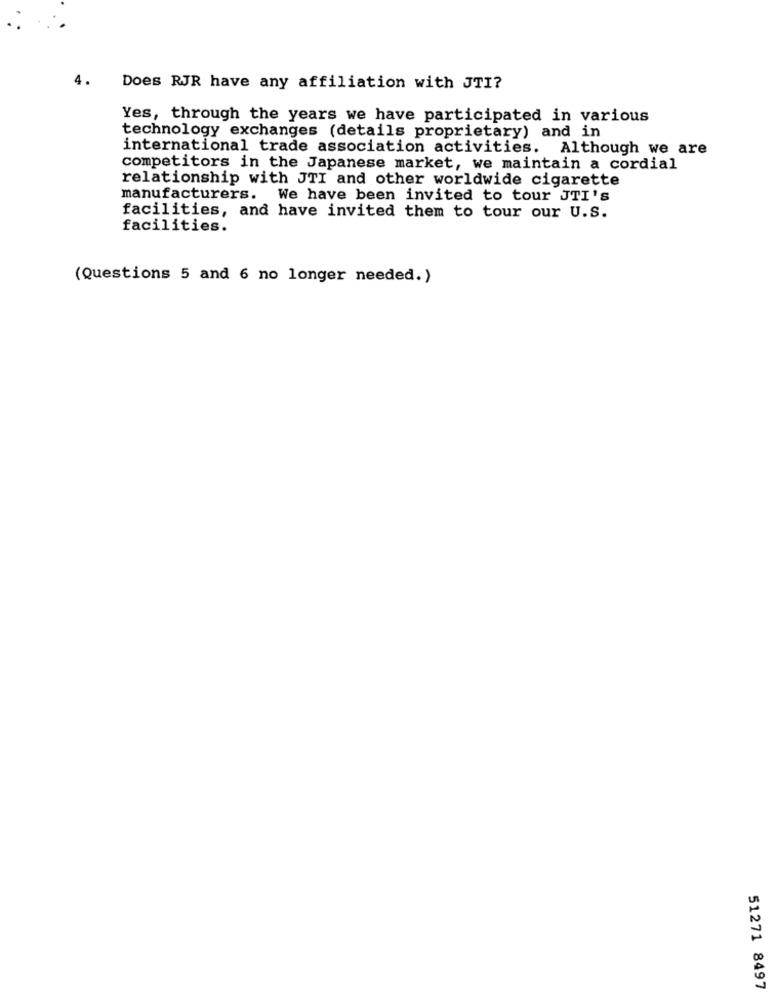
Does RJR have any affiliation with JTI?
Yes, through the years we have participated in various
technology exchanges (details proprietary) and in
international trade association activities. Although we are
competitors in the Japanese market, we maintain a cordial
relationship with JTI and other worldwide cigarette
manufacturers. We have been invited to tour JTI's
facilities, and have invited them to tour our U.S.
facilities.
(Questions 5 and 6 no longer needed.)
51271 8497